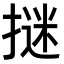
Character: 𭢁